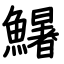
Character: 鱰